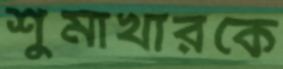
শুমাখারকে